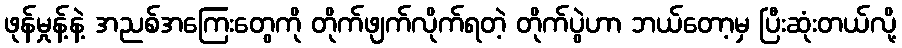
ဖုန်မှုန့်နဲ့ အညစ်အကြေးတွေကို တိုက်ဖျက်လိုက်ရတဲ့ တိုက်ပွဲဟာ ဘယ်တော့မှ ပြီးဆုံးတယ်လို့